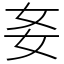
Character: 㚣